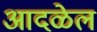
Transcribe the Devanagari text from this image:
आदळेल